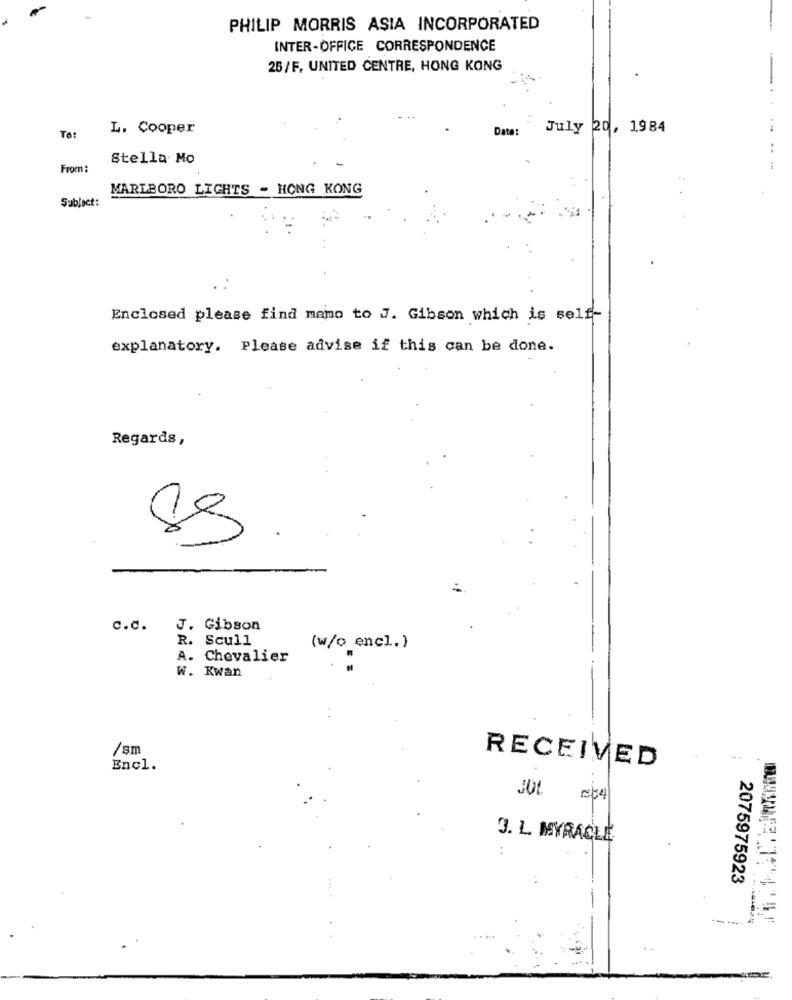
PHILIP MORRIS ASIA INCORPORATED
INTER-OFFICE CORRESPONDENCE
26/F. UNITED CENTRE, HONG KONG
L. Cooper
Date:
July 20, 1984
To:
Stella Mo
From :
MARLBORO LIGHTS - HONG KONG
Subject:
Enclosed please find mamo to J. Gibson which is self-
explanatory. Please advise if this can be done.
Regards,
c.c.
J. Gibson
R. Scull
(w/o encl.)
A. Chevalier
W. Kwan
/sm
RECEIVED
Encl.
3. L. MYRACLE
2075975923
4.F